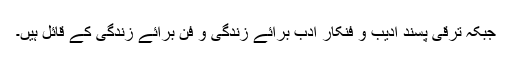
جبکہ ترقی پسند ادیب و فنکار ادب برائے زندگی و فن برائے زندگی کے قائل ہیں۔